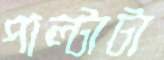
পাল্টাটা